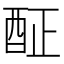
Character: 𨠣